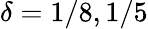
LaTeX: \delta=1/8,1/5